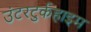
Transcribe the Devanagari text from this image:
उंटरटुर्कहाइम